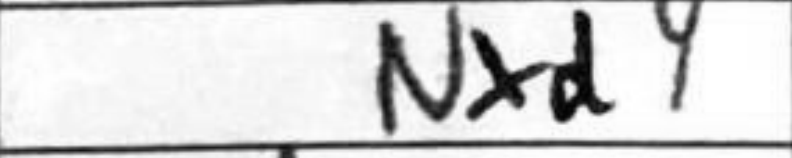
Transcription: Nxd4